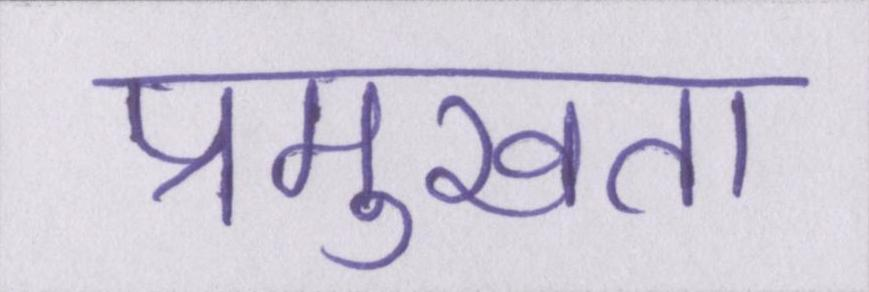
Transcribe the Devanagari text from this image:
प्रमुखता